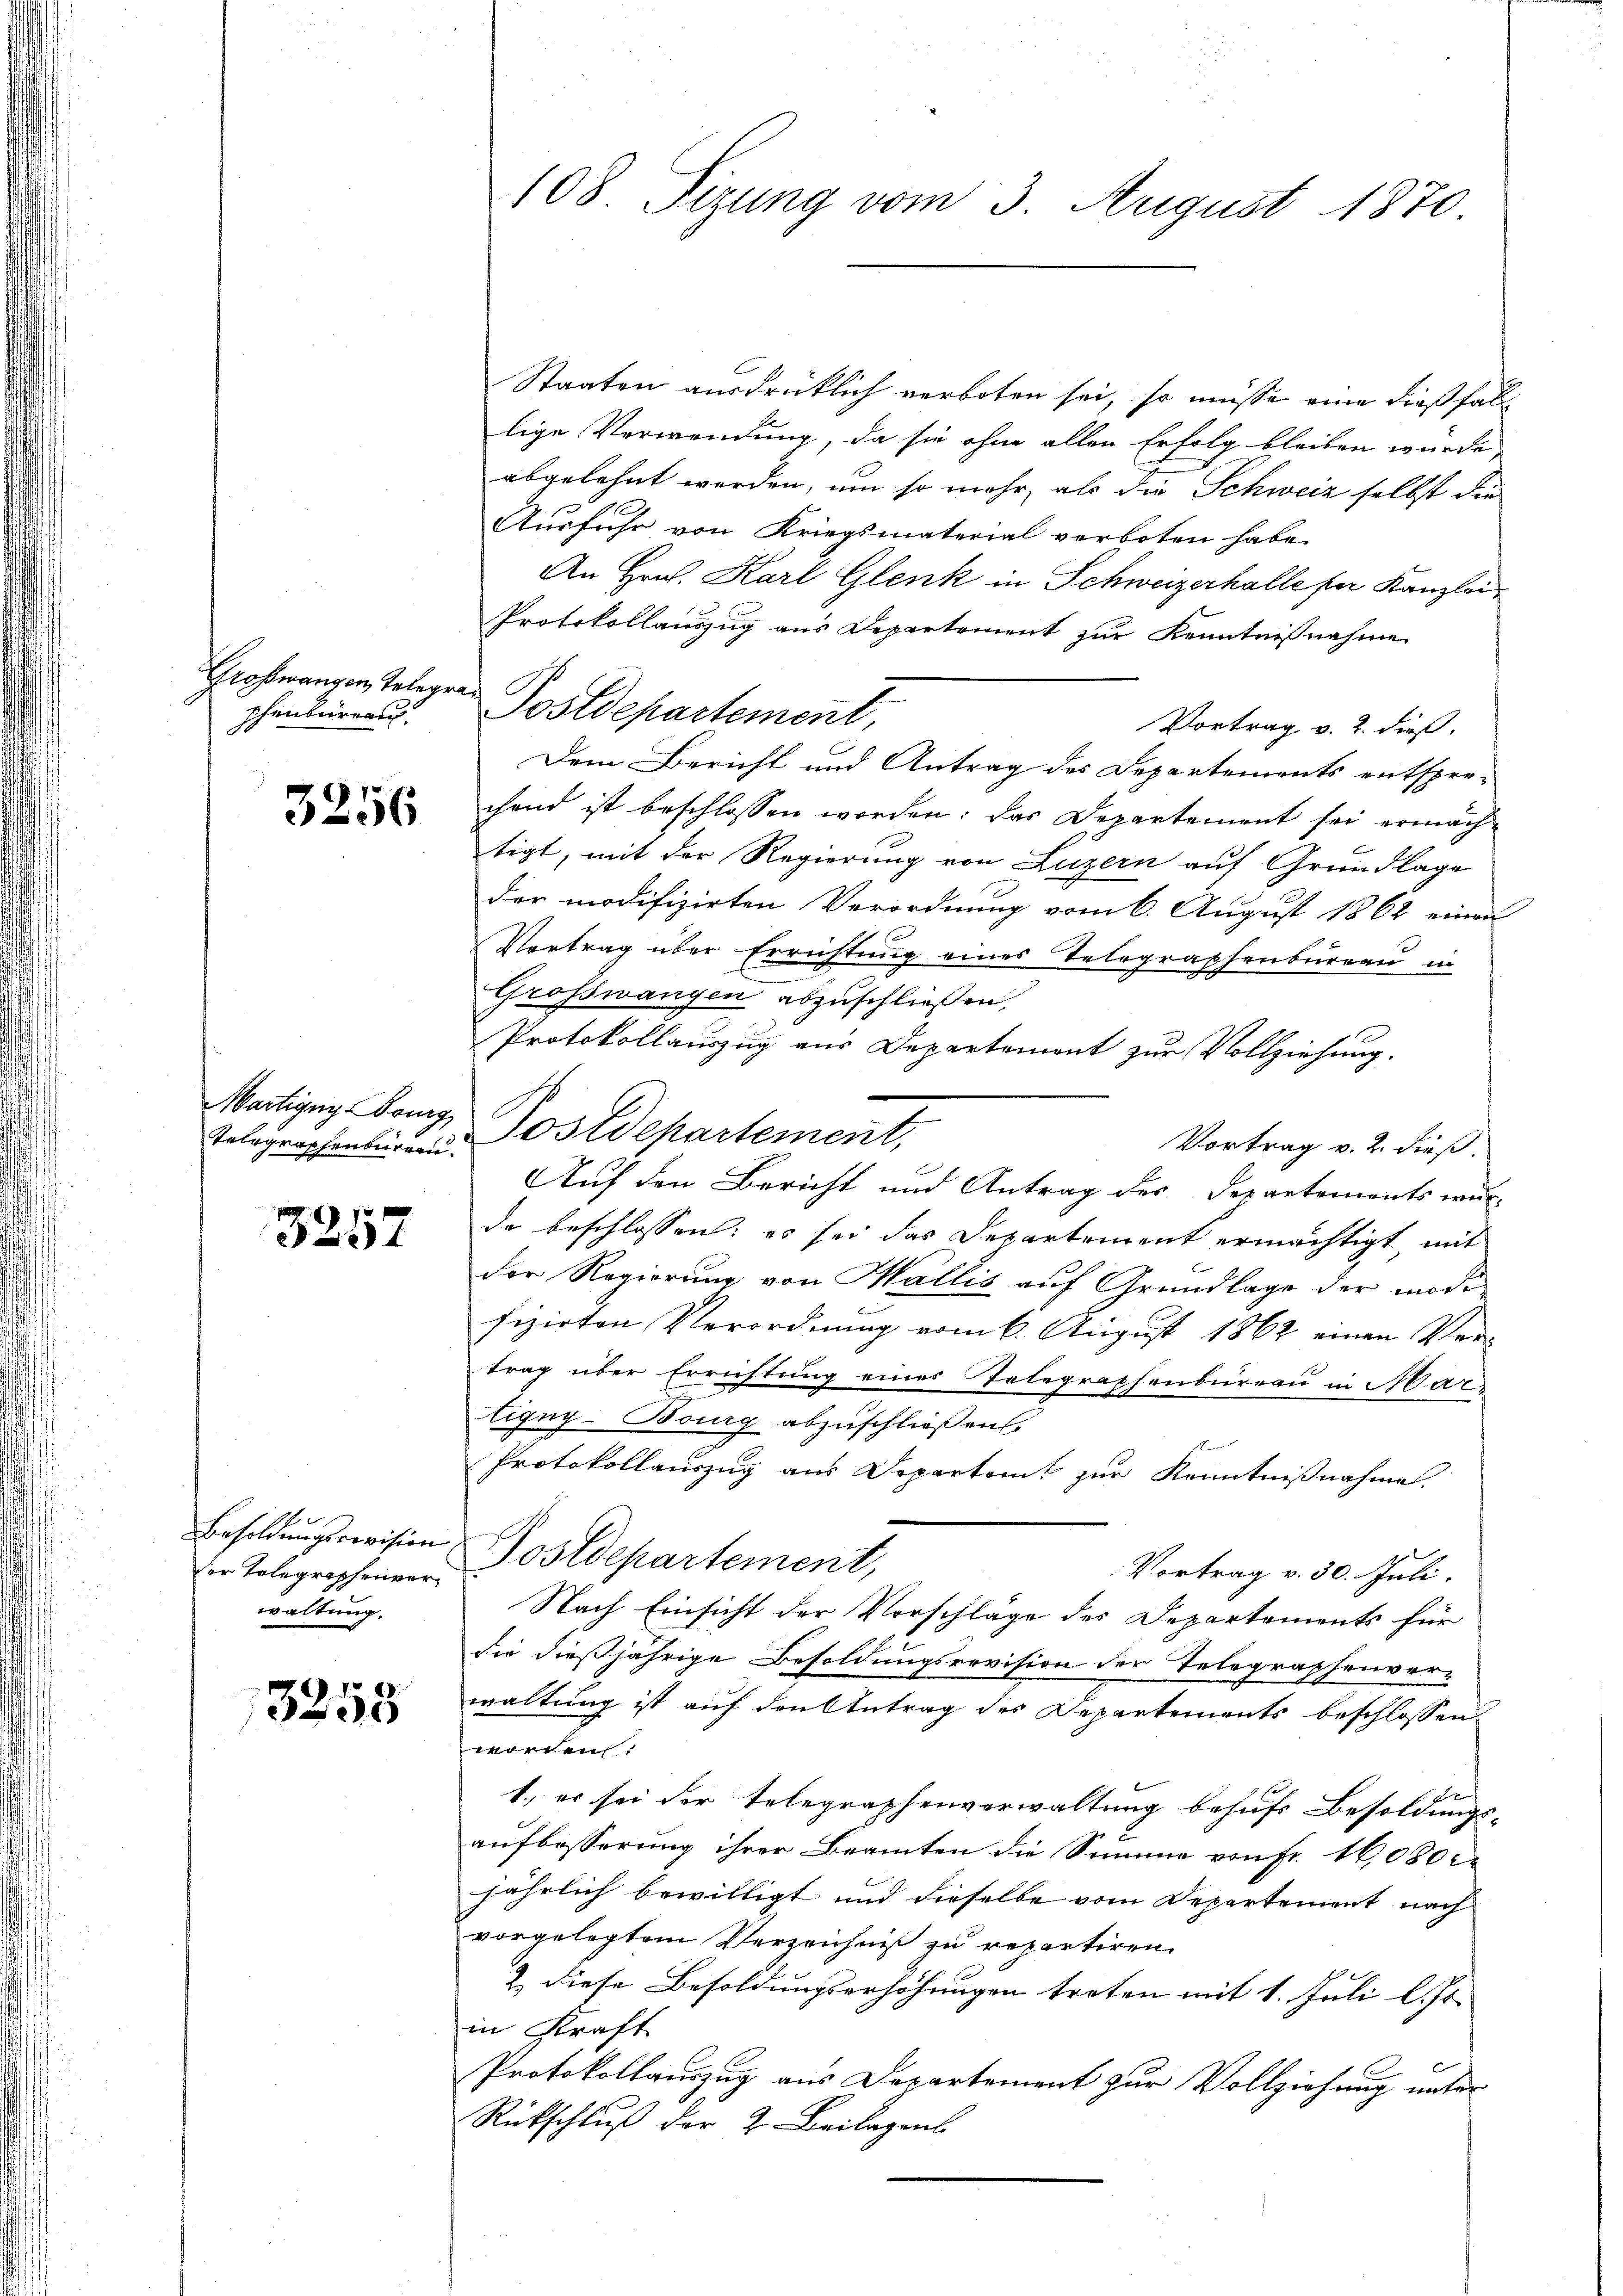
Grosswangen, Telegraphenbureau

3256

Martignys Bourg
Telegraphenbureau.

3257

der Telegraphenverwaltung.

3255

108 Sizung vom 3. August 1870

Staaten ausdrücklich verboten sei, so müsse eine dießfall
lige Verwendung, da sie ohne allen Erfolg bleiben wurde,
abgelehnt werden, um so mehr, als die Schweiz selbst die
Ausfuhr von Kriegsmaterial verboten habe.
An Hrn. Karl Glenk in Schweizerhalle für Kanzlei
Protokollauszug aus Departement zur Kenntnißnahme
Postdepartement
Vortrag v. 2. dieß.
Dem Bericht und Antrag des Departements entspre-
chend ist beschlossen worden: das Departement sei ermachtigt, mit der Regierung von Luzern auf Grundlage
der modifizirten Verordnung vom 6. August 1862 einen
Vortrag über Errichtung eines Telegraphenbureau in
Grosswangen abzuschließen,
Protokollauszug aus Departement zur Vollziehung.
Vortrag v. 2. dieß.
Auf den Bericht und Antrag des Departements wur-
de beschlossen: es sei das Departement ermächtigt mit
der Regierung von Wallis auf Grundlage der modifizirten Verordnung vom 6. August 1862 einen Ver-
trag über Errichtung eines Telegraphenbüreau in Mar.
tigny-Bourg abzuschließen,
A
Protokollauszug aus Departamt zur Kenntnißnahme,
Besoldungsrevision Postdepartement,
Vortrag v. 30. Juli.
Nach Einsicht der Vorschlage des Departements für
die dießjährige Besoldungsrevision der Telegraphenver-
waltung ist auf den Antrag des Departements beschlossen
worden.
1.) es sei der Telegraphenverwaltung behufs Besoldungs-
aufbesserung ihrer Beamten die Summe von Fr. 16,080
jährlich bewilligt und dieselbe vom Departement nach
vorgelegtem Verzeichniß zu repartiren.
2. diese Besoldungserhöhungen treten mit 1. Juli l. Js.
in Kraft
Protokollauszug aus Departement zur Vollziehung unter
Rückschluß der 2. Beilagens

Postdepartement,